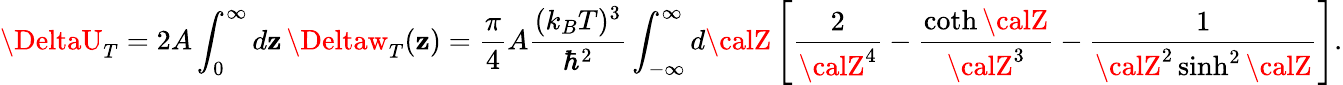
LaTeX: \DeltaU_{T}=2A\int_{0}^{\infty}d\mathbf{z}\, \Deltaw_{T}(\mathbf{z})={\frac{{\pi}}{{4}}}A{\frac{{(k_{B}T)^{3}}}{{\hbar^{2}}}}\int_{-\infty}^{\infty}d{\calZ}\left[{\frac{{2}}{{{\calZ}^{4}}}}-{\frac{{\coth{\calZ}}}{{{\calZ}^{3}}}}-{\frac{{1}}{{{\calZ}^{2}\sinh^{2}{\calZ}}}}\right].